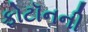
ફોટૉનની